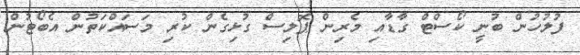
ފުލުހުން ބުނީ ކޯސްޓް ގާޑާއި މެރިން ޕޮލިސް ގުޅިގެން ކުރި މަސައްކަތުން އެބޯޓުން